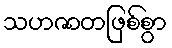
သဟဇာတဖြစ်စွာ